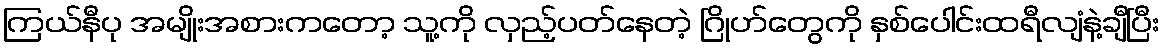
ကြယ်နီပု အမျိုးအစားကတော့ သူ့ကို လှည့်ပတ်နေတဲ့ ဂြိုဟ်တွေကို နှစ်ပေါင်းထရီလျံနဲ့ချီပြီး